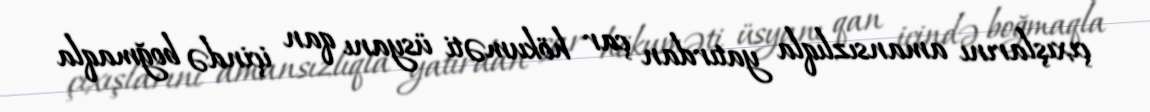
çıxışlarını amansızlıqla yatırdan çar hökuməti üsyanı qan içində boğmaqla